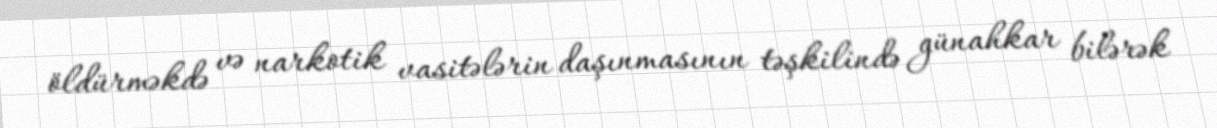
öldürməkdə və narkotik vasitələrin daşınmasının təşkilində günahkar bilərək